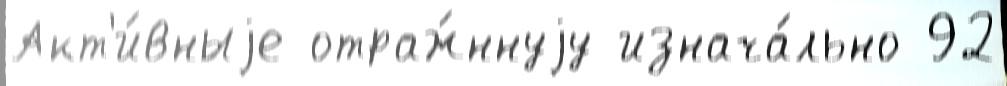
Акт'и́вныjе отраж́ннуjу изнача́льно 92